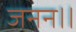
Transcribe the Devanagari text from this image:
जनन।।